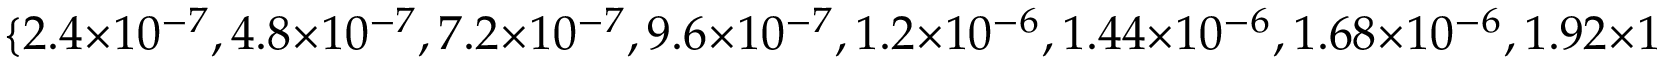
\{ 2 . 4 \times 1 0 ^ { - 7 } , 4 . 8 \times 1 0 ^ { - 7 } , 7 . 2 \times 1 0 ^ { - 7 } , 9 . 6 \times 1 0 ^ { - 7 } , 1 . 2 \times 1 0 ^ { - 6 } , 1 . 4 4 \times 1 0 ^ { - 6 } , 1 . 6 8 \times 1 0 ^ { - 6 } , 1 . 9 2 \times 1 0 ^ { - 6 } , 2 . 1 6 \times 1 0 ^ { - 6 } , 2 . 4 \times 1 0 ^ { - 6 } \}